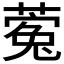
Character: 𮐵